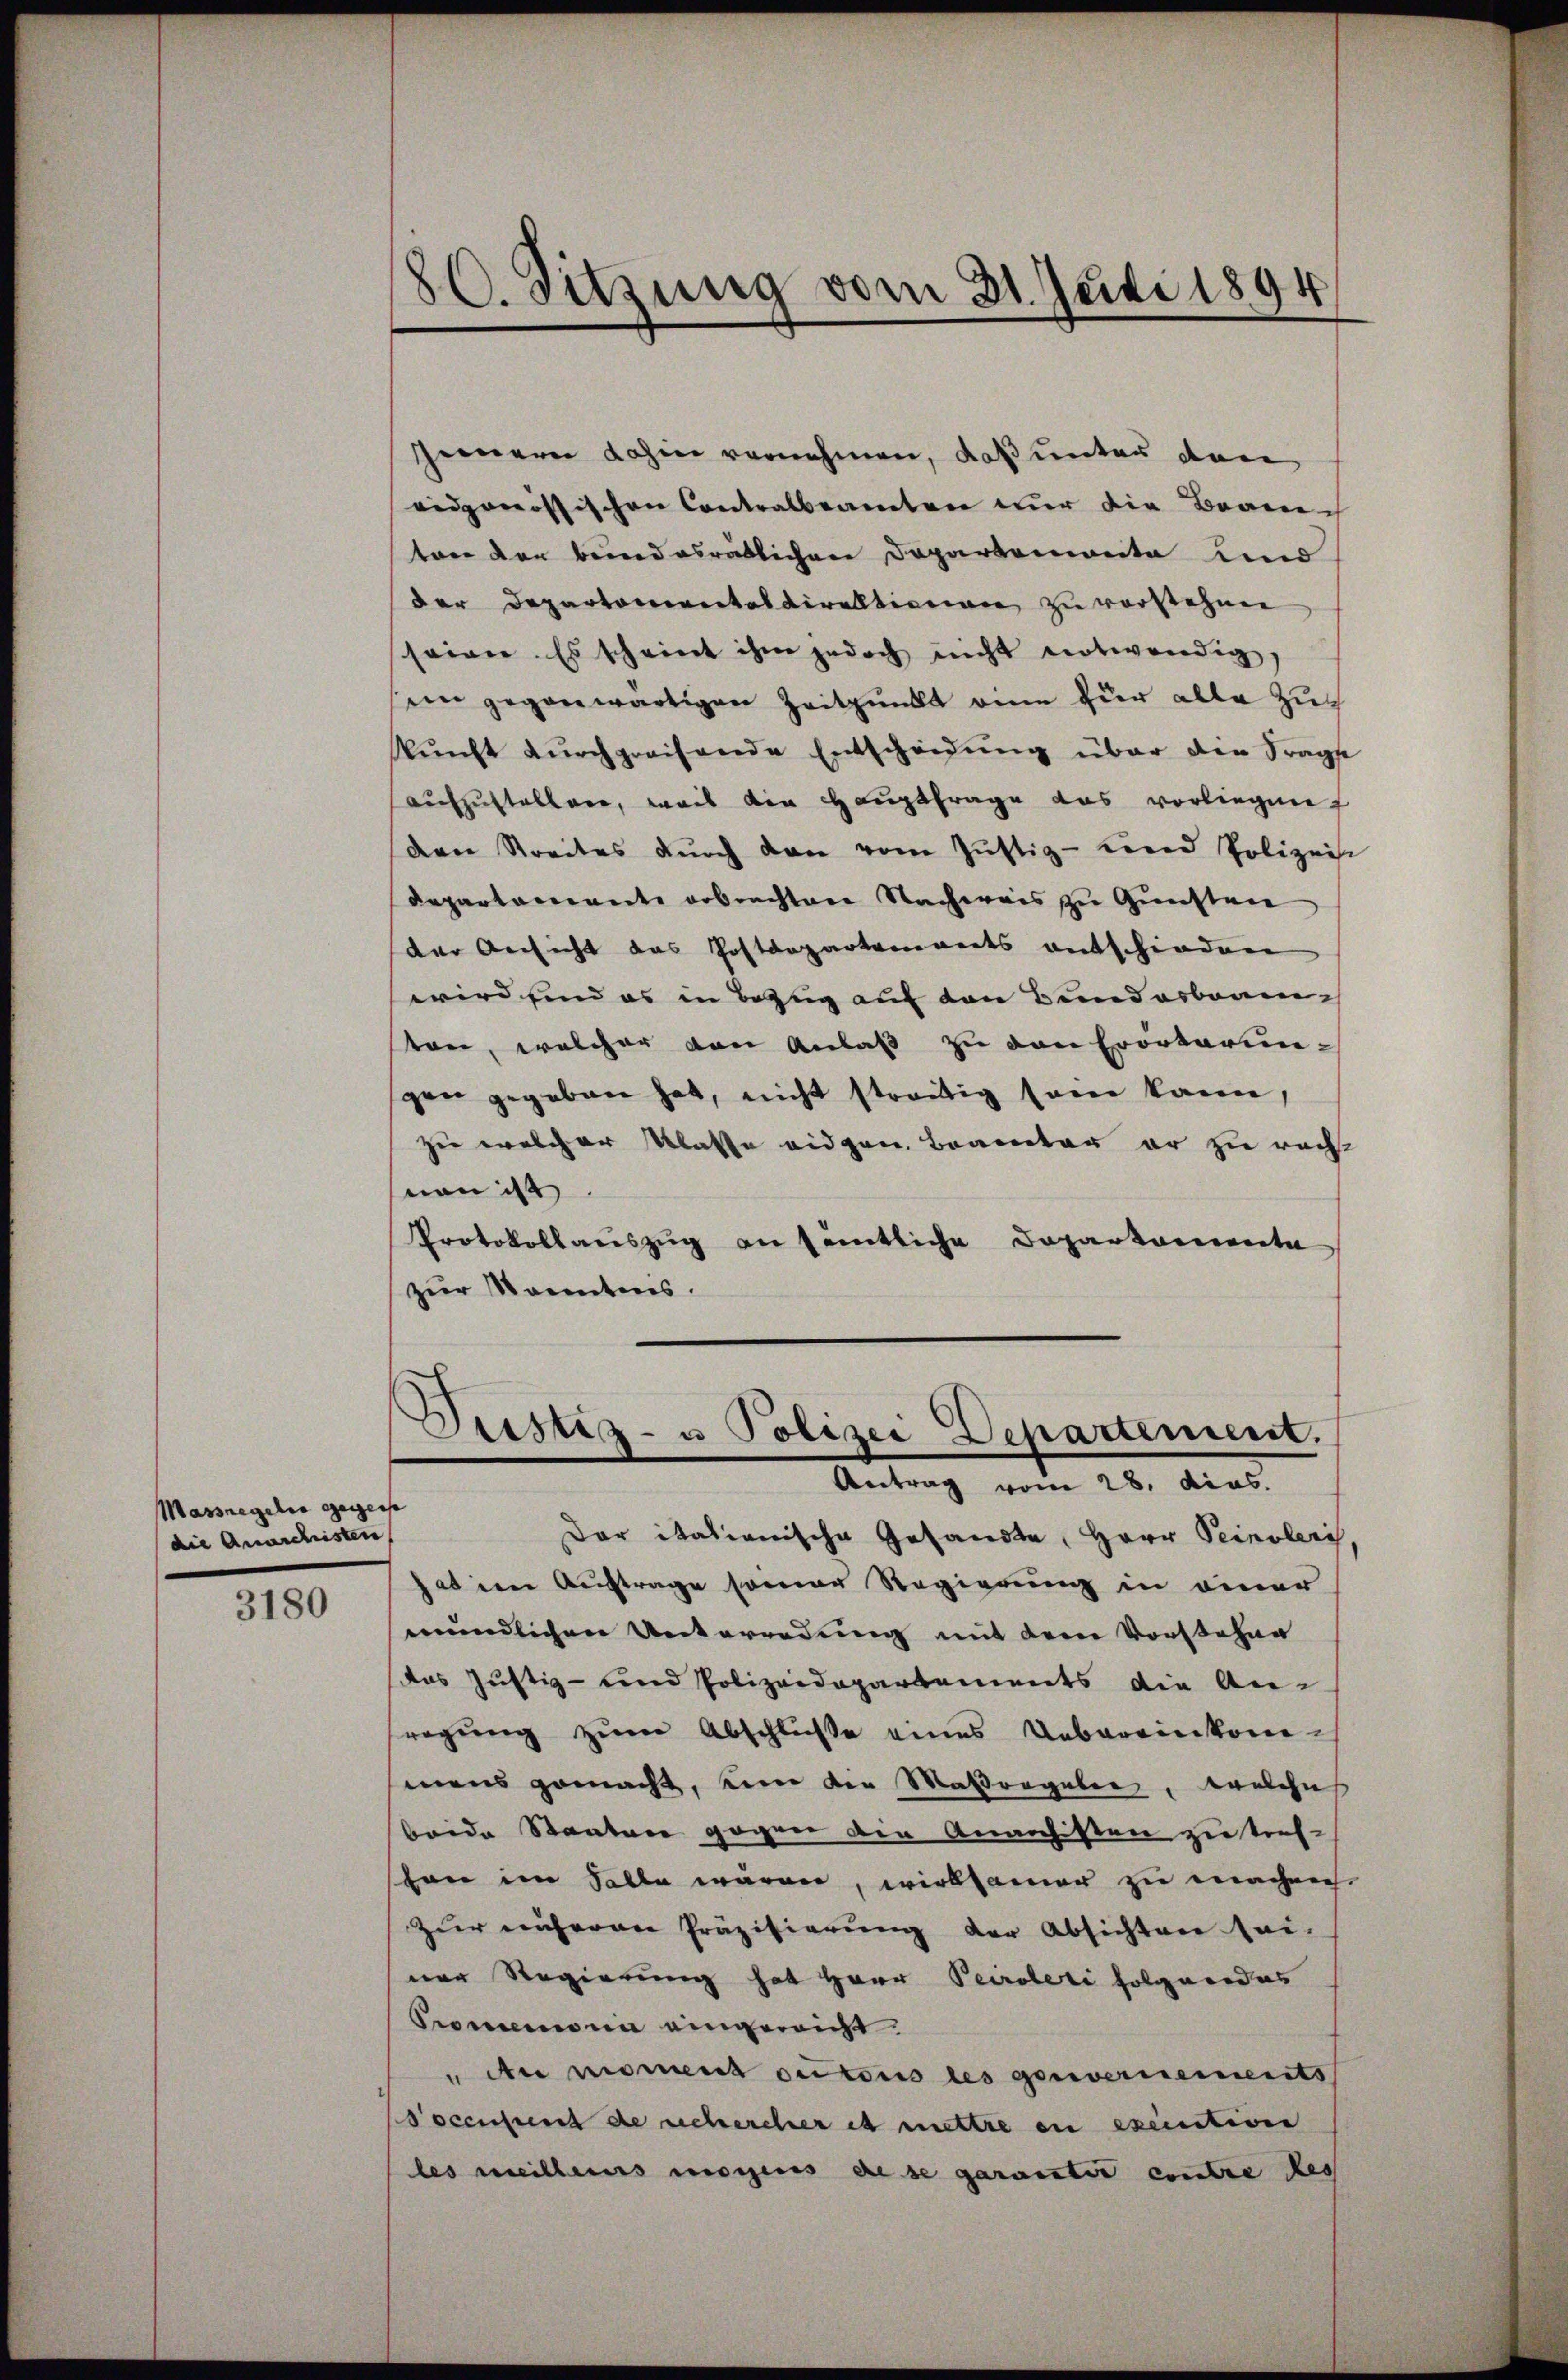
Massregeln gegense
die Anarchisten

3180

80. Sitzung vom 21. Juli 1894

Gerneren Jahre vernehmen, daß unter den
eidgenössischen Contralbeamten nur die Bean
ton der bundesrätlichen Departenweite und
der Departementesdirektionen zu verstehen
seien. Es scheint ihm jedoch nicht notwendig,
ein gegenwärtigen Zeitpunkt eine für alle Zukŭnft dŭrchpreisende Entscheidŭng über die Frage
aufzustellen, weis die Hauptfrage das vorliegen
den Streites durch den vom Justiz- und Polizeist
departarente erbrachtene Nachweis zu Gunstei
der Ansicht das Postdepartements entschieden
wird und es in Bezug auf den Bundesbeamton, welcher von Anlaß zu von Erörterungen gegeben hat, nicht streitig sein kann,
sie welcher Klatte eidgen. Beamter er zu rächt
non ist.
Protokollauszug an sämtliche Daparkannte
zur Manntnis.

Justiz- u Polizei Departement.
Antrag vom 28. dies
Der itationische Gesandte, Herr Peinoleri

hat den Auftrage seiner Regierung in einer
mündlichen Unterredung mit dem Vorstehen
das Justiz- und Polizeidepartements die Anregŭng zŭm Abschlüße eines Uebereinkommens gemacht, um der Maßregeben, welche
beide Staaten gegen den Anarchisten zu tref-
shon im Falle wären, wirksamer zu machen
Zur unseren Präzisierung der Absichten sei-
ner Regierung hat Herr Peirateli folgendes
Promenien eingereicht.
 Au moment cutoris les gouvernements
Docensunt de schercher es mettre en executiven
les weillens morgens diese garantie contre des